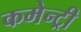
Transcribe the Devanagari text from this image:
कमेन्ट्री